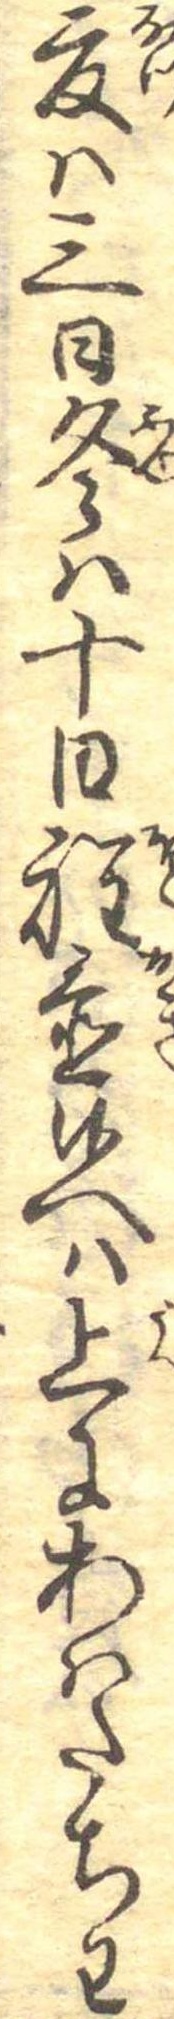
夏は三日冬は十日程置候へは上にあはたちわ